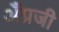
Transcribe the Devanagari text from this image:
अँग्रजी